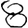
Digit: 8